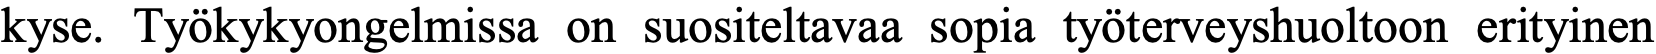
kyse. Työkykyongelmissa on suositeltavaa sopia työterveyshuoltoon erityinen